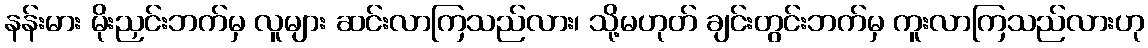
နန်းမား မိုးညှင်းဘက်မှ လူများ ဆင်းလာကြသည်လား၊ သို့မဟုတ် ချင်းတွင်းဘက်မှ ကူးလာကြသည်လားဟု